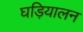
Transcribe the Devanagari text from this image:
घड़ियालन